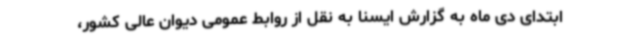
ابتدای دی ماه به گزارش ایسنا به نقل از روابط عمومی دیوان عالی کشور،